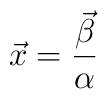
\vec{x} = {\vec{\beta }\over  \alpha}